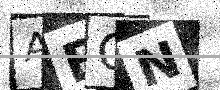
Text: ABCN